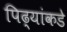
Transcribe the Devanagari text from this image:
पिढ्यांकडे